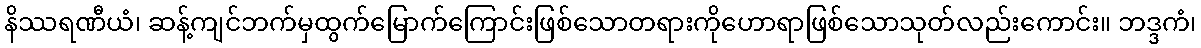
နိဿရဏီယံ၊ ဆန့်ကျင်ဘက်မှထွက်မြောက်ကြောင်းဖြစ်သောတရားကိုဟောရာဖြစ်သောသုတ်လည်းကောင်း။ ဘဒ္ဒကံ၊